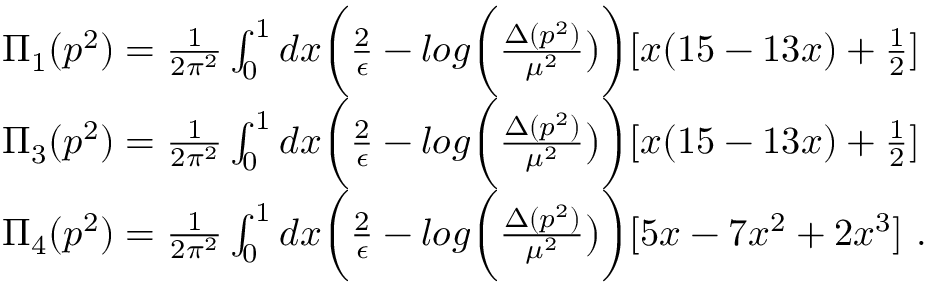
\begin{array} { r l } & { \Pi _ { 1 } ( p ^ { 2 } ) = \frac { 1 } { 2 \pi ^ { 2 } } \int _ { 0 } ^ { 1 } d x \biggl ( \frac { 2 } { \epsilon } - l o g \biggl ( \frac { \Delta ( p ^ { 2 } ) } { \mu ^ { 2 } } \bigr ) \biggr ) [ x ( 1 5 - 1 3 x ) + \frac { 1 } { 2 } ] } \\ & { \Pi _ { 3 } ( p ^ { 2 } ) = \frac { 1 } { 2 \pi ^ { 2 } } \int _ { 0 } ^ { 1 } d x \biggl ( \frac { 2 } { \epsilon } - l o g \biggl ( \frac { \Delta ( p ^ { 2 } ) } { \mu ^ { 2 } } \bigr ) \biggr ) [ x ( 1 5 - 1 3 x ) + \frac { 1 } { 2 } ] } \\ & { \Pi _ { 4 } ( p ^ { 2 } ) = \frac { 1 } { 2 \pi ^ { 2 } } \int _ { 0 } ^ { 1 } d x \biggl ( \frac { 2 } { \epsilon } - l o g \biggl ( \frac { \Delta ( p ^ { 2 } ) } { \mu ^ { 2 } } \bigr ) \biggr ) [ 5 x - 7 x ^ { 2 } + 2 x ^ { 3 } ] \ . } \end{array}